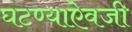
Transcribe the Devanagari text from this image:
घटण्याऐवजी